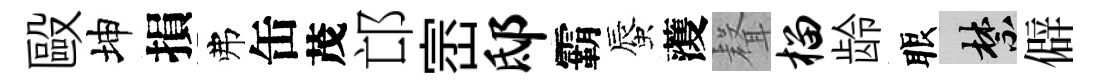
毆坤損弗缶茂邙崈邸霸蜃𮑮𮋻榴龄眼禁僻